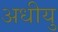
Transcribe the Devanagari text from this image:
अधीयु